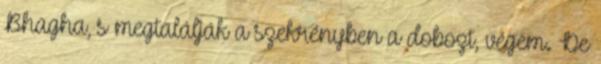
Bhagha, s megtalálják a szekrényben a dobozt, végem. De